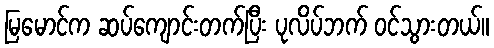
မြမောင်က ဆပ်ကျောင်းတက်ပြီး ပုလိပ်ဘက် ဝင်သွားတယ်။